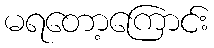
မရတော့ကြောင်း